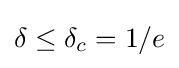
\delta \leq \delta _{c}=1/e